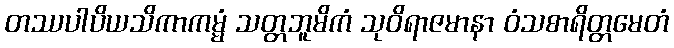
တဿပါပိယသိကာကမ္မံ သတ္တဘူမိကံ သုဝိရာဇမာနာ ဝံသစာရိတ္တမေတံ